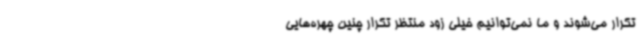
تکرار می‌شوند و ما نمی‌توانیم خیلی زود منتظر تکرار چنین چهره‌هایی